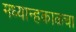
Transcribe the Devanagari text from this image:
मध्यान्हकाळचा